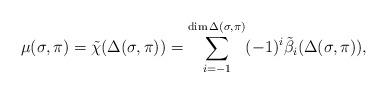
LaTeX: \begin{align*}\mu(\sigma,\pi)=\tilde{\chi}(\Delta(\sigma,\pi))=\sum_{i=-1}^{\dim\Delta(\sigma,\pi)}(-1)^i \tilde{\beta}_i(\Delta(\sigma,\pi)),\end{align*}